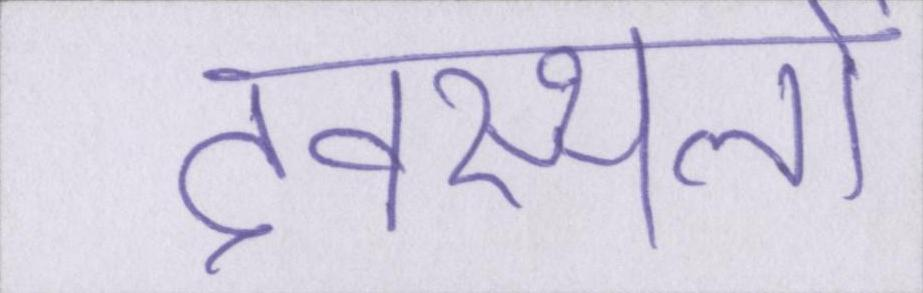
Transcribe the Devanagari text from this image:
देवस्थलों